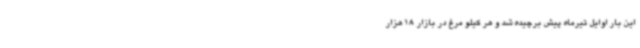
این بار اوایل تیرماه پیش برچیده شد و هر کیلو مرغ در بازار 18 هزار